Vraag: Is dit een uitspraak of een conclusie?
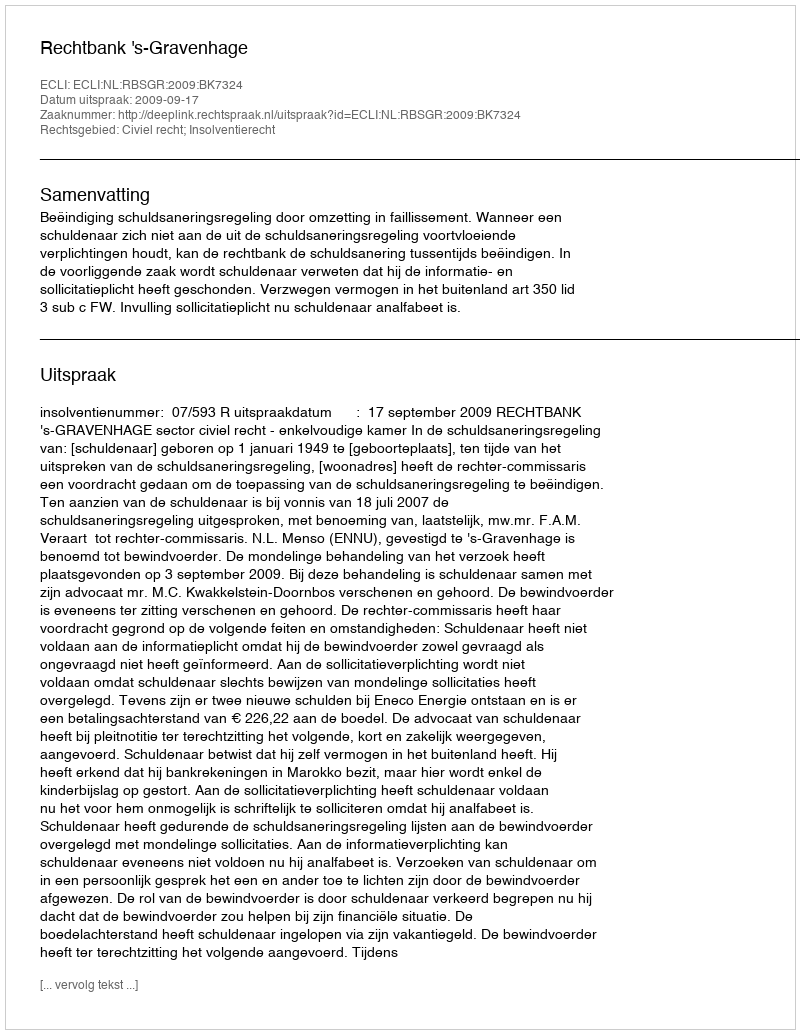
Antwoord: Uitspraak